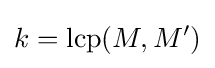
k=\mathrm {lcp} (M,M')